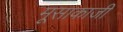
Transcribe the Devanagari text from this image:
मूसाकाजी